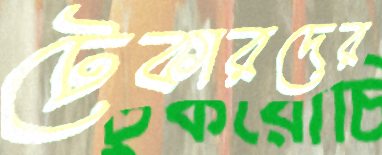
টেকারদের